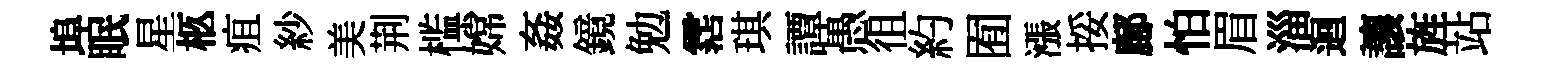
埠眠星柩疽紗美荆槛嫦姦鏡勉霑琪譚愚徂約囿漲挼鄜怕眉淄迴讓旌站